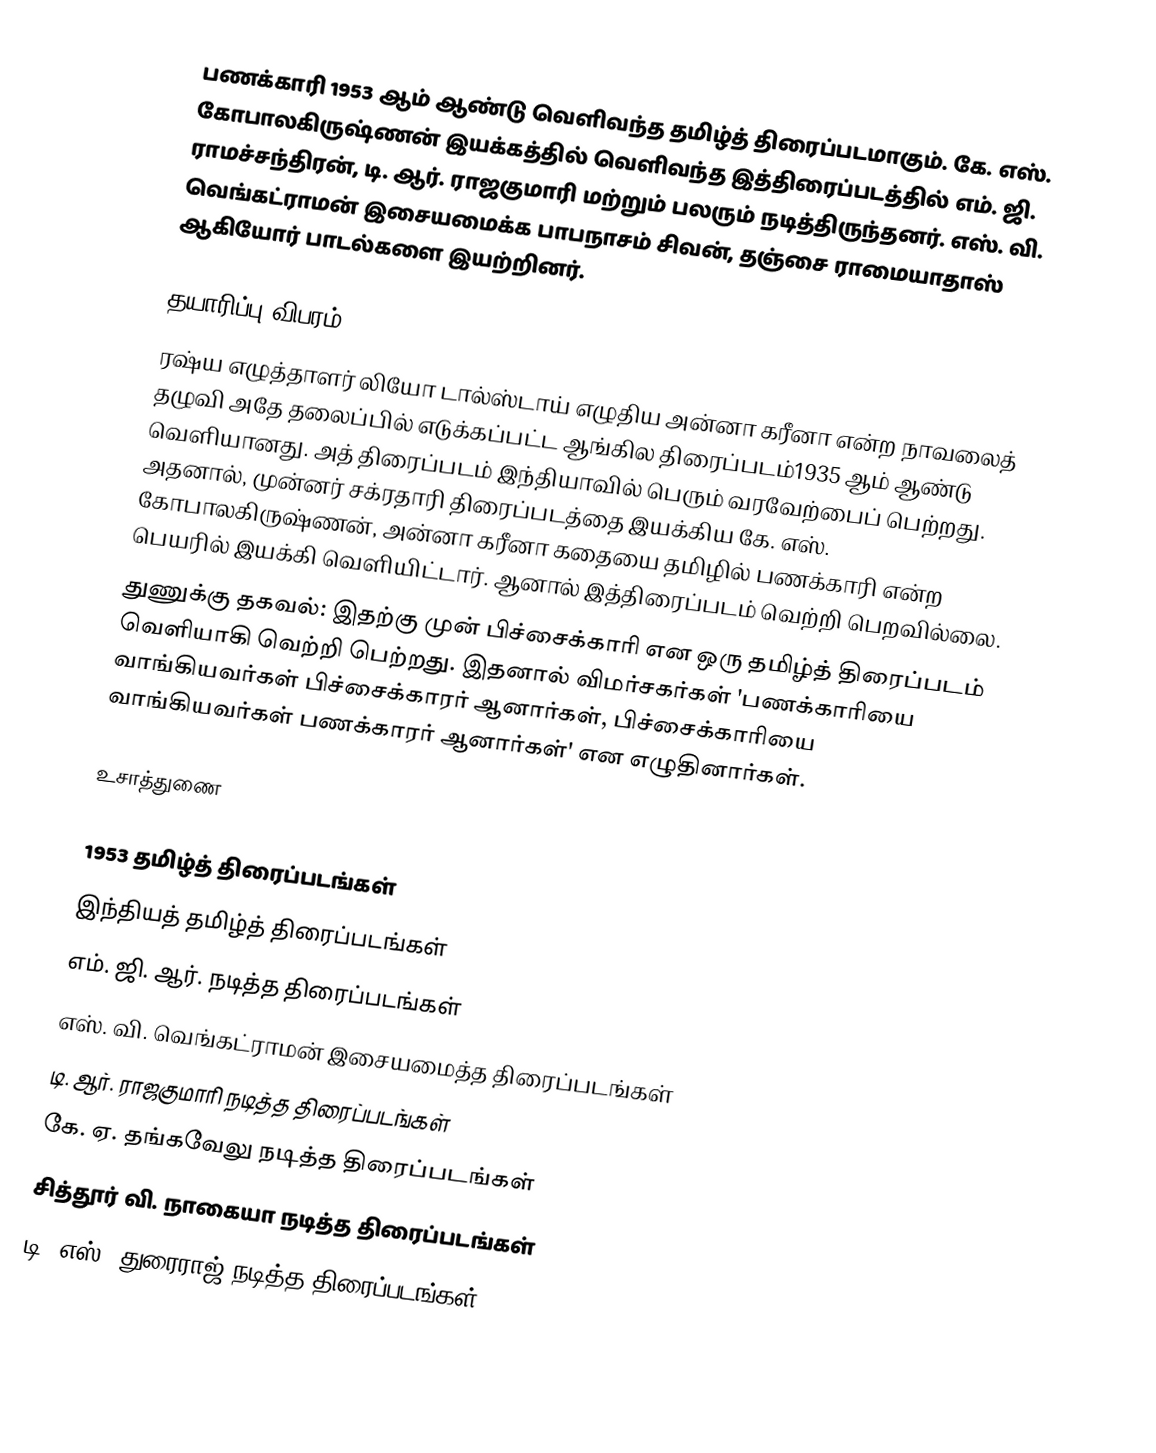
பணக்காரி 1953 ஆம் ஆண்டு வெளிவந்த தமிழ்த் திரைப்படமாகும். கே. எஸ். கோபாலகிருஷ்ணன் இயக்கத்தில் வெளிவந்த இத்திரைப்படத்தில் எம். ஜி. ராமச்சந்திரன், டி. ஆர். ராஜகுமாரி மற்றும் பலரும் நடித்திருந்தனர். எஸ். வி. வெங்கட்ராமன் இசையமைக்க பாபநாசம் சிவன், தஞ்சை ராமையாதாஸ் ஆகியோர் பாடல்களை இயற்றினர்.

தயாரிப்பு விபரம்
ரஷ்ய எழுத்தாளர் லியோ டால்ஸ்டாய் எழுதிய அன்னா கரீனா என்ற நாவலைத் தழுவி அதே தலைப்பில் எடுக்கப்பட்ட ஆங்கில திரைப்படம்1935 ஆம் ஆண்டு வெளியானது. அத் திரைப்படம் இந்தியாவில் பெரும் வரவேற்பைப் பெற்றது. அதனால், முன்னர் சக்ரதாரி திரைப்படத்தை இயக்கிய கே. எஸ். கோபாலகிருஷ்ணன், அன்னா கரீனா கதையை தமிழில் பணக்காரி என்ற பெயரில் இயக்கி வெளியிட்டார். ஆனால் இத்திரைப்படம் வெற்றி பெறவில்லை.
துணுக்கு தகவல்: இதற்கு முன் பிச்சைக்காரி என ஒரு தமிழ்த் திரைப்படம் வெளியாகி வெற்றி பெற்றது. இதனால் விமர்சகர்கள் 'பணக்காரியை வாங்கியவர்கள் பிச்சைக்காரர் ஆனார்கள், பிச்சைக்காரியை வாங்கியவர்கள் பணக்காரர் ஆனார்கள்' என எழுதினார்கள்.

உசாத்துணை

1953 தமிழ்த் திரைப்படங்கள்
இந்தியத் தமிழ்த் திரைப்படங்கள்
எம். ஜி. ஆர். நடித்த திரைப்படங்கள்
எஸ். வி. வெங்கட்ராமன் இசையமைத்த திரைப்படங்கள்
டி. ஆர். ராஜகுமாரி நடித்த திரைப்படங்கள்
கே. ஏ. தங்கவேலு நடித்த திரைப்படங்கள்
சித்தூர் வி. நாகையா நடித்த திரைப்படங்கள்
டி. எஸ். துரைராஜ் நடித்த திரைப்படங்கள்